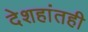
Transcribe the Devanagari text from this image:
देशहांतही